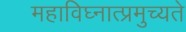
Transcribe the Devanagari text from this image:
महाविघ्नात्प्रमुच्यते